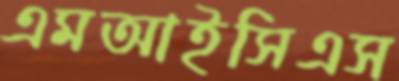
এমআইসিএস